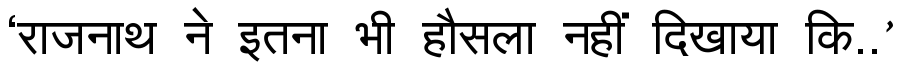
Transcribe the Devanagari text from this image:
‘राजनाथ ने इतना भी हौसला नहीं दिखाया कि..’